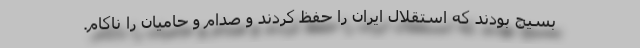
بسیج بودند که استقلال ایران را حفظ کردند و صدام و حامیان را ناکام.